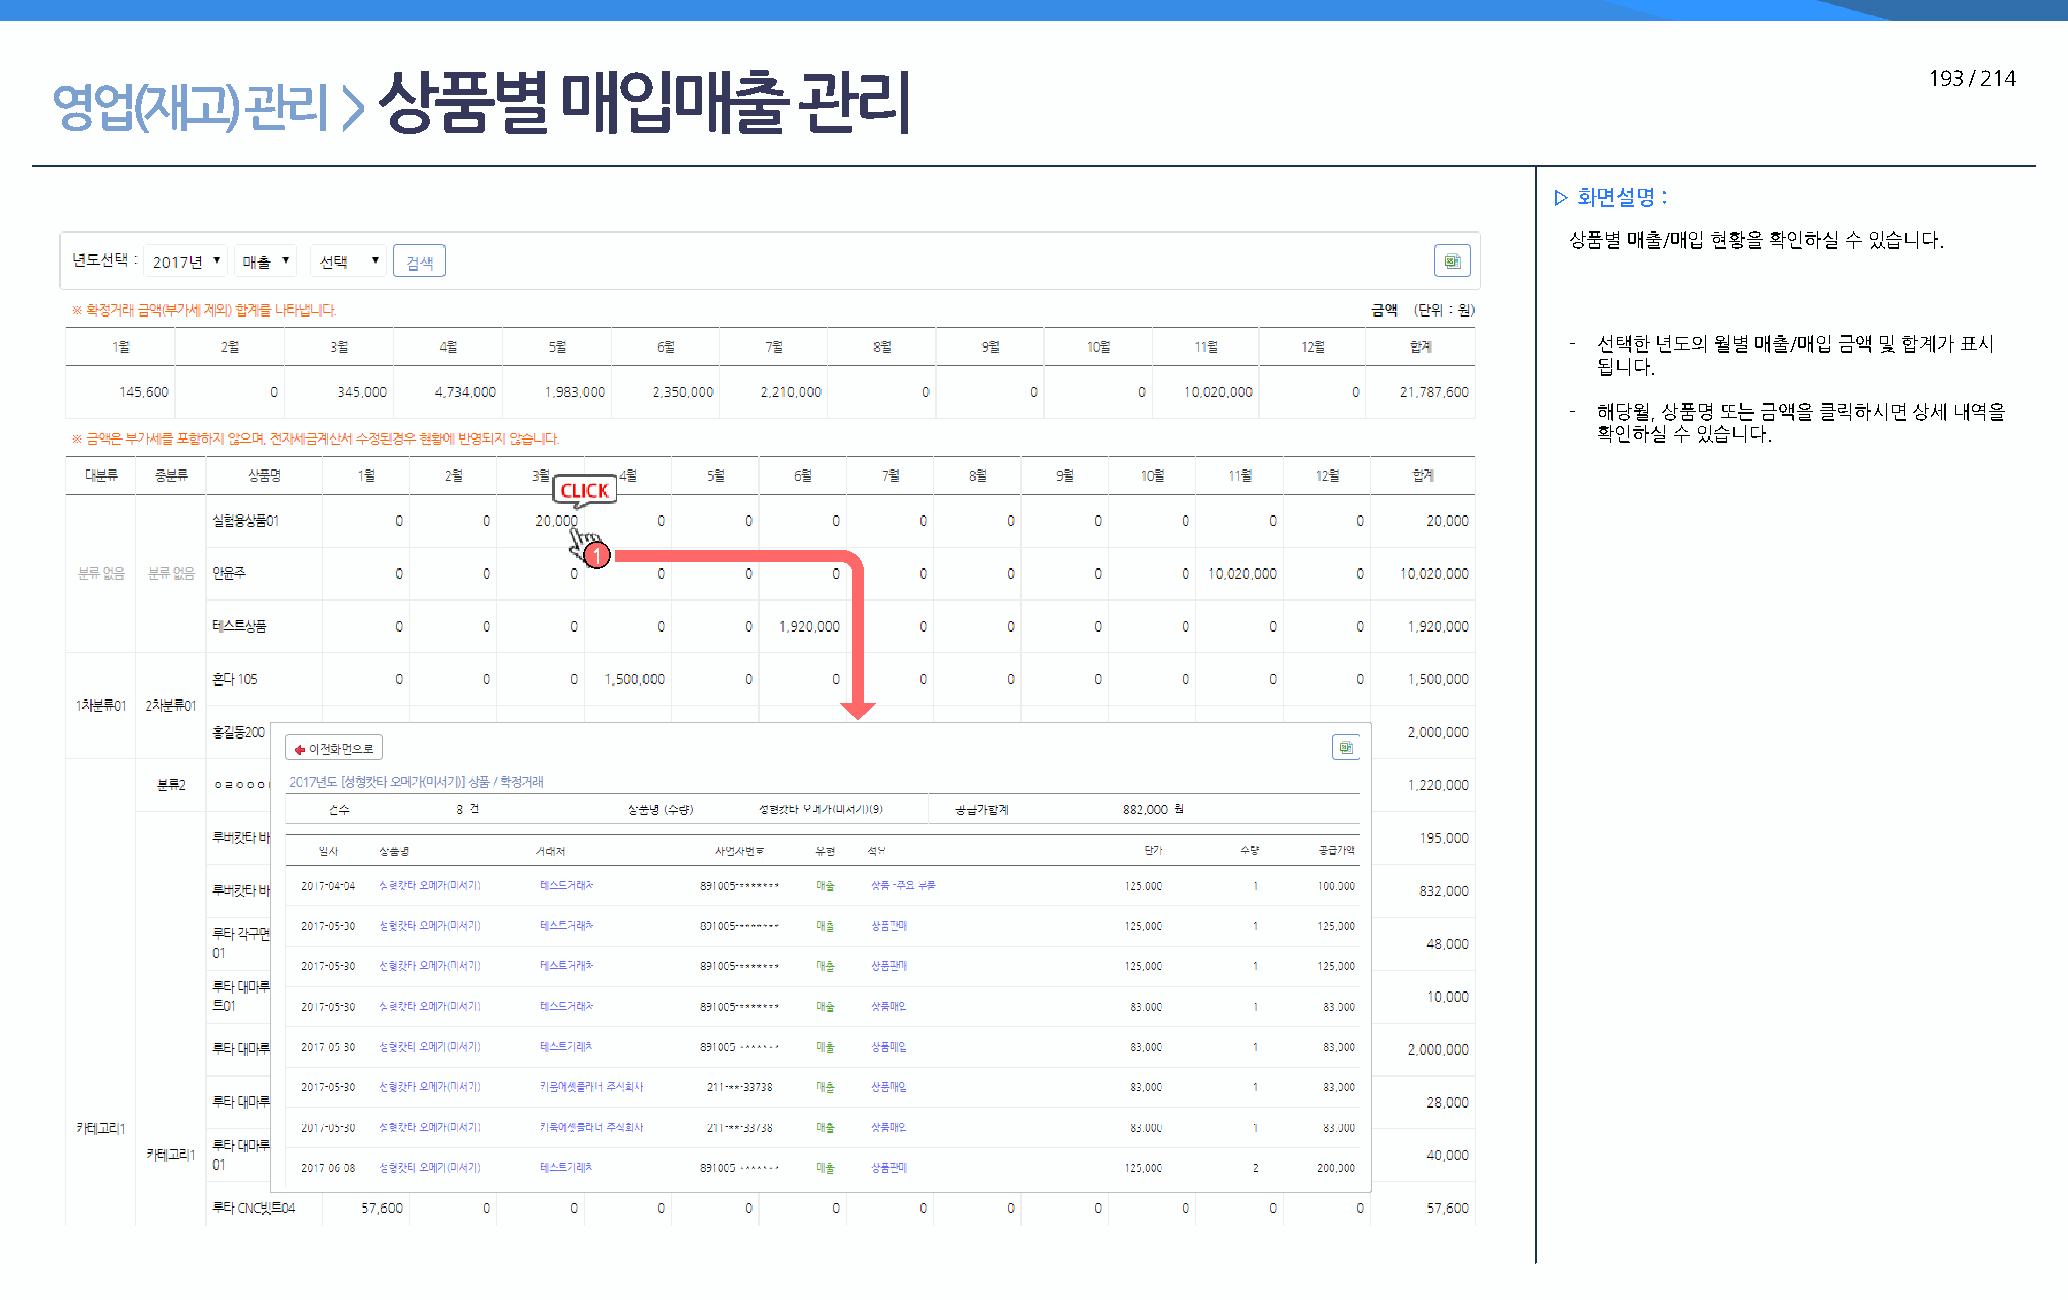
상품별         매입매출            관리                                                                         193 / 214
 영업(재고)       관리     >
 ▷ 화면설명 :
 상품별 매출/매입 현황을 확인하실 수 있습니다.
 - 선택한 년도의 월별 매출/매입 금액 및 합계가 표시
 됩니다.
 - 해당월, 상품명 또는 금액을 클릭하시면 상세 내역을
 확인하실 수 있습니다.
 1